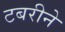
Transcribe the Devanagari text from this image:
टबरीने